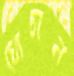
ঘোচান